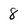
Character: 8